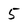
Character: 5